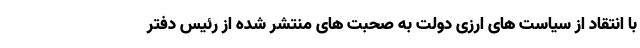
با انتقاد از سیاست های ارزی دولت به صحبت های منتشر شده از رئیس دفتر